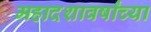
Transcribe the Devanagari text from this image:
महादशावर्षांच्या